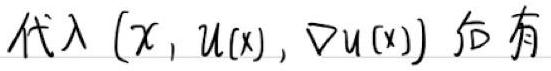
代入 $(x, u(x), \nabla u(x))$ 后有